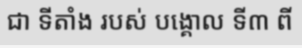
ជា ទីតាំង របស់ បង្គោល ទី៣ ពី